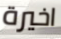
اخيرة